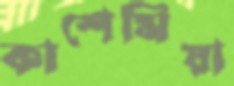
কাশেমিয়া